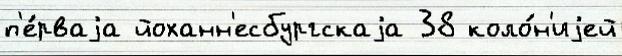
п'е́рваjа йоханн'есбургскаjа 38 коло́н'иjей